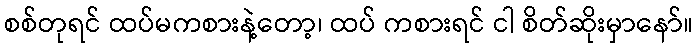
စစ်တုရင် ထပ်မကစားနဲ့တော့၊ ထပ် ကစားရင် ငါ စိတ်ဆိုးမှာနော်။